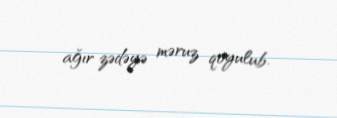
ağır zədəyə məruz qoyulub.